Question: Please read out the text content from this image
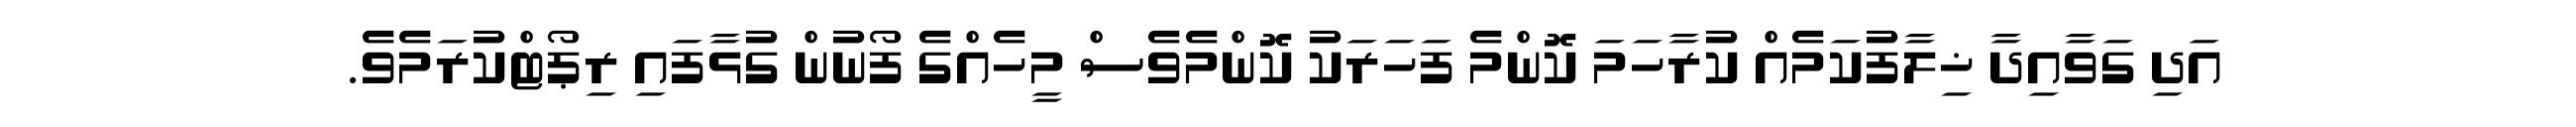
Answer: އަދި ގަވާއިދާ ޚިލާފުކަމެއް ކުރާހަމަ ކޮންމެ ފަހަރަކު ކޮންމެވެސް މީހެއްގެ ފޯނުން ގުޅާފައި ރިޕޯޓްކުރަމެވެ.